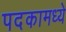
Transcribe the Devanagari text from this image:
पदकामध्ये